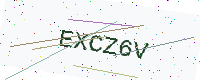
Text: EXCZ6V